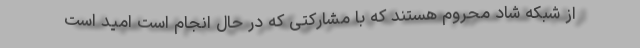
از شبکه شاد محروم هستند که با مشارکتی که در حال انجام است امید است